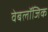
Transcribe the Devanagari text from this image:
वेबलॉजिक